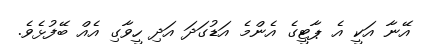
އޭނާ އަކީ އެ ޕާޓީގެ އެންމެ އަޑުގަދަ އަދި ހީވާގި އެއް ބޭފުޅެވެ.